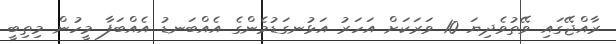
ރާއްޖޭގައި ވޭތުވެދިޔަ 10 ވަރަކަށް އަހަރު އަޅުނގަޑުމެންގެ އެއްބަނޑު އެއްބަފާ މީހުން މިތިބީ